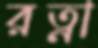
রত্না